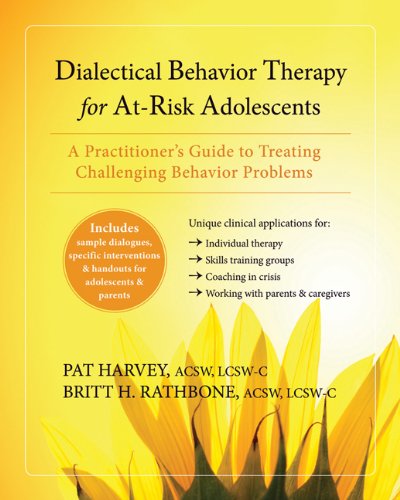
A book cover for Dialectical Behavior Therapy for At-Risk Adolescents: A PractitionerEEs Guide to Treating Challenging Behavior Problems; Pat Harvey ACSW  LCSW-C; Medical Books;